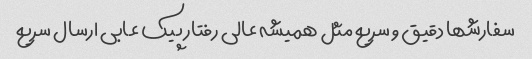
سفارشها دقیق و سریع مثل همیشه عالی رفتار پیک عابی ارسال سریع